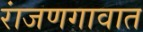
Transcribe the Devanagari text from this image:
रांजणगावात